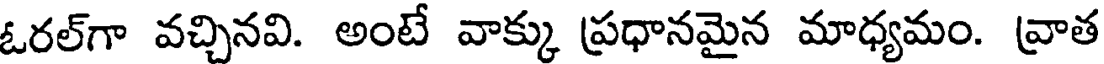
ఓరల్గా వచ్చినవి. అంటే వాక్కు ప్రధానమైన మాధ్యమం. వ్రాత